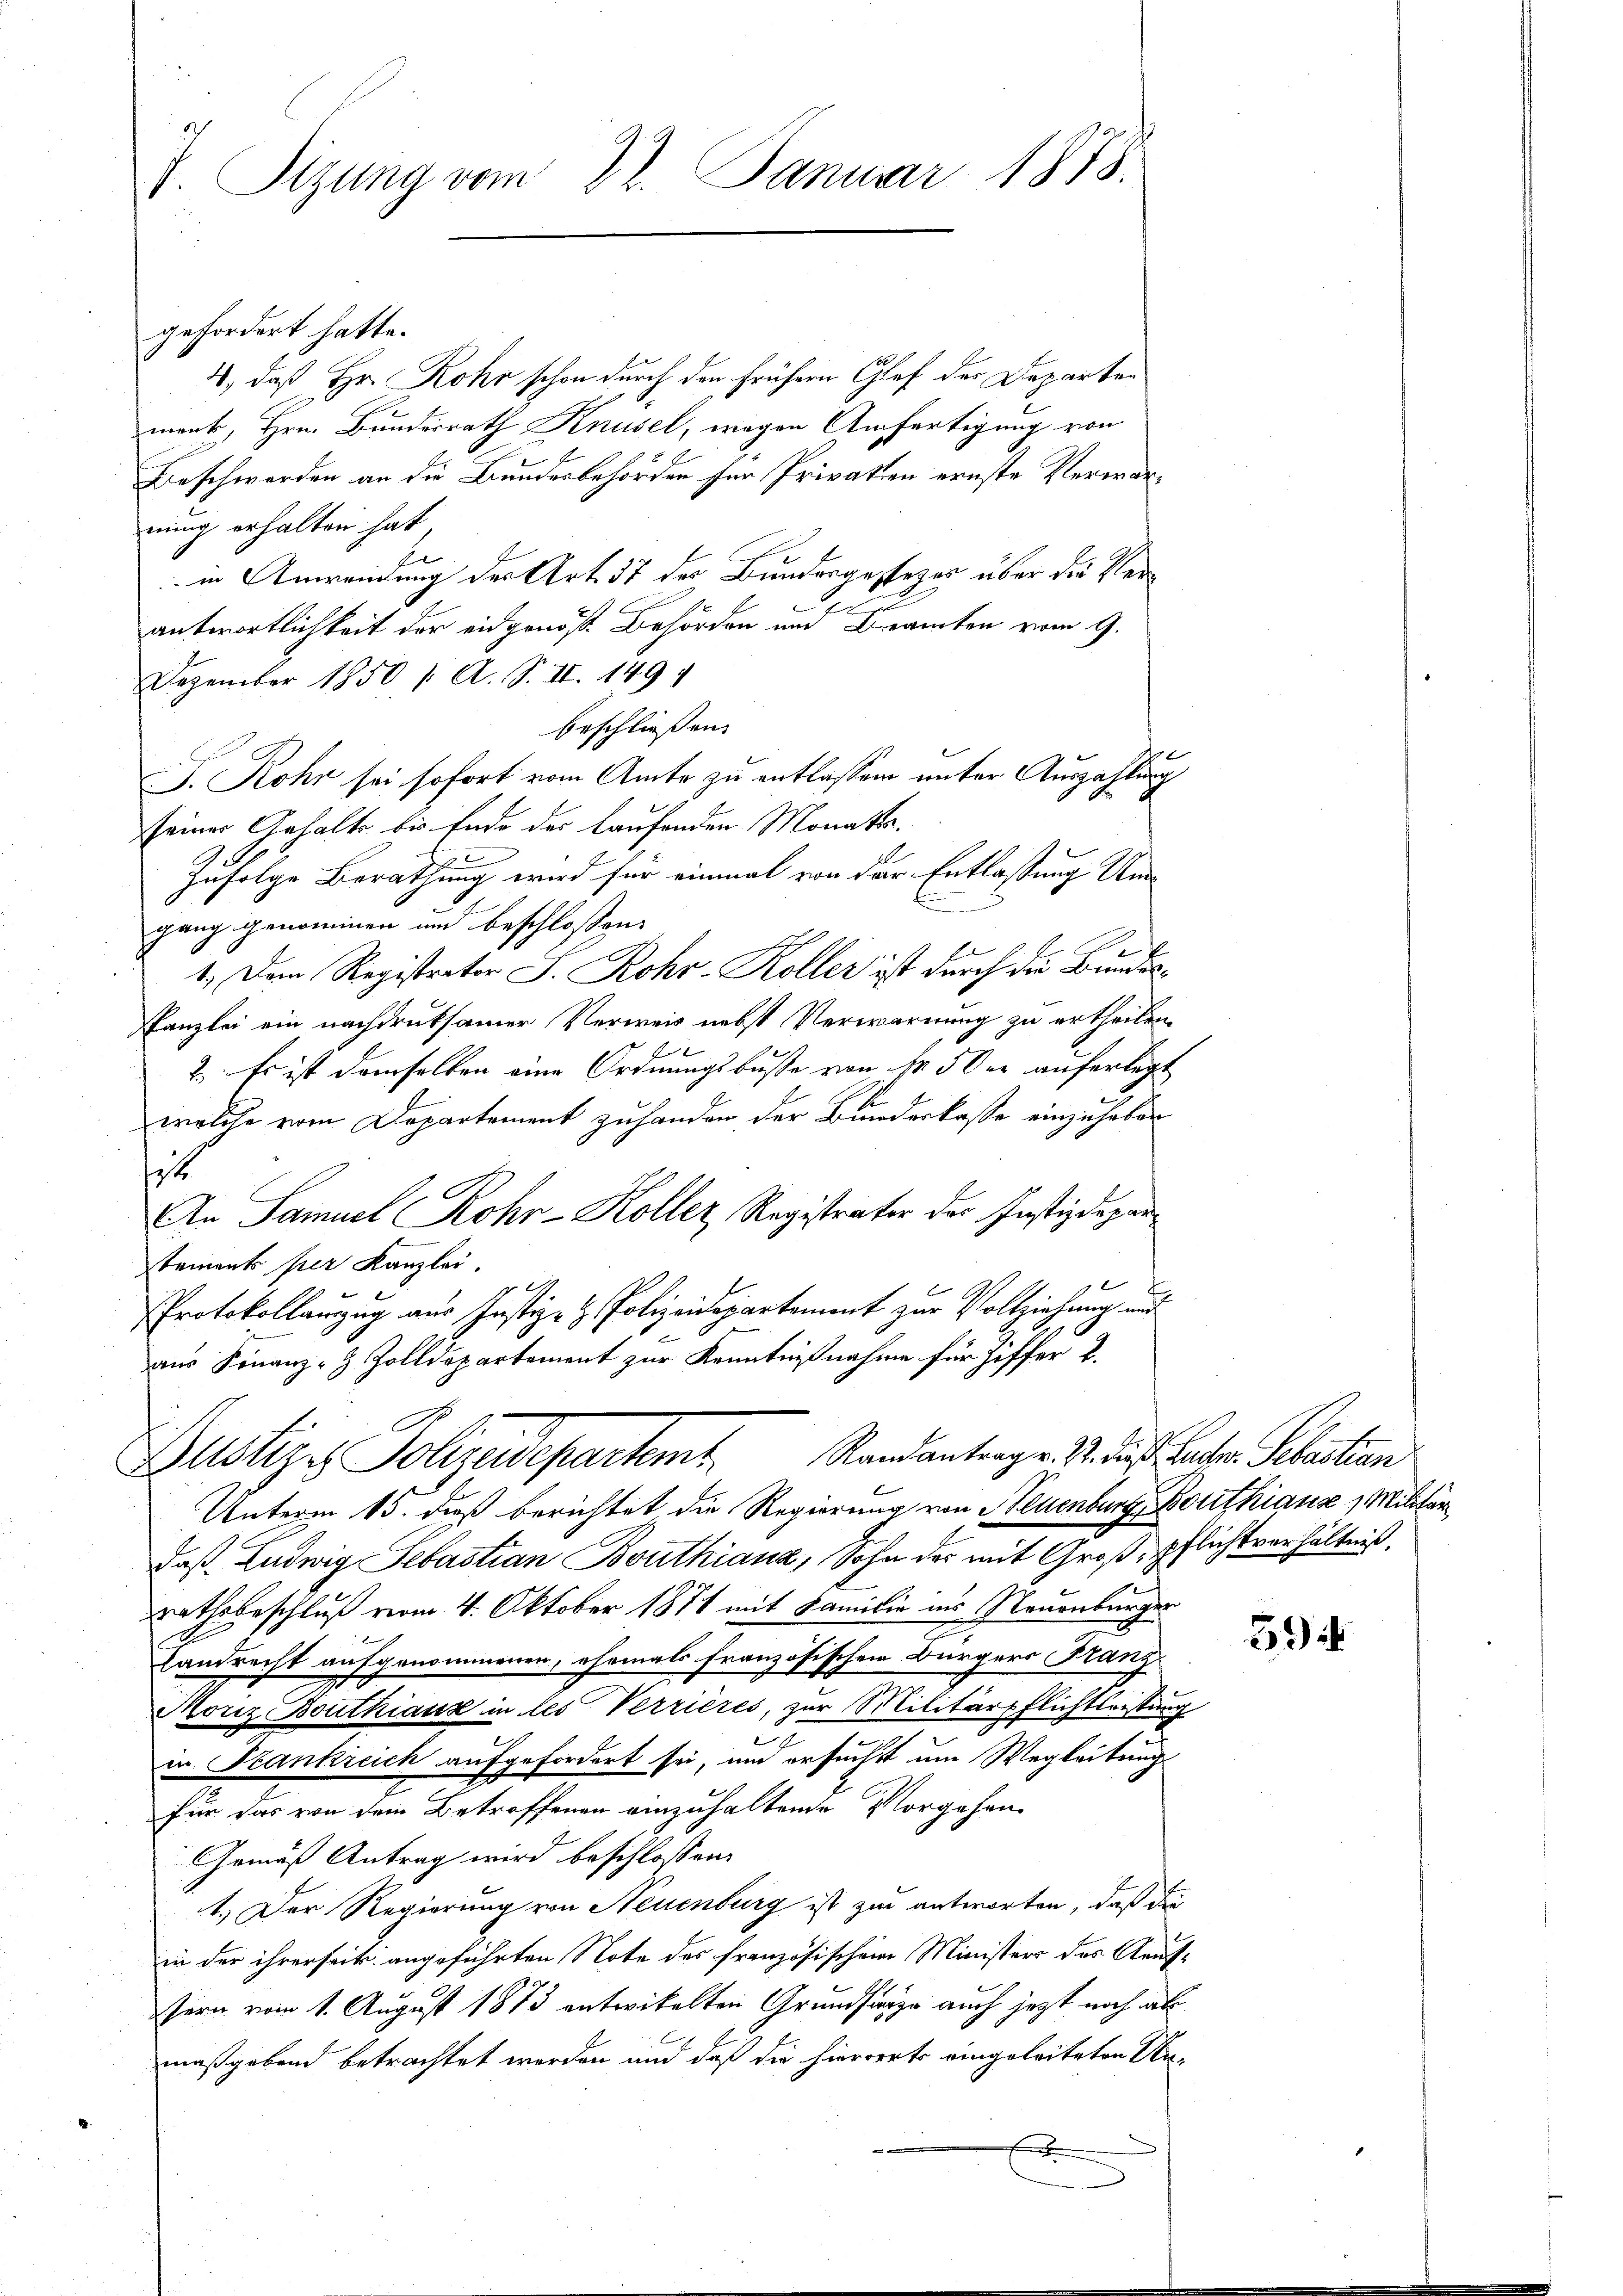
V. Sizung vom 22. Januar 1878.

gefordert hatte.
4, daß Hr. Rohr schon durch den frühern Glef der Departen
mank, Hrn. Bundesrath Knüsel, wegen Anfertigung von
Beschwerden an die Bundesbehörden für Privation ernste Verwarnung erhalten hat
b
 in Anweisung der Art. 37 des Bundesgesezes über die Ver¬
.
antwortlichkeit der eidgenöß Behörden und Beamten vom 9.
Dezember 1850 /: A. S. II. 149.
beschließen.
J. Rohr sei sofort vom Amte zu entlassen unter Auszahlung
seiner Gehalts bis Ende des laufenden Monats¬
90
zufolge Berathung wird für einmal von der Entlaßung Unn
gang genommen und beschloßen:
1. Dem Registrator J. Rohr-Koller ist durch die Bundes¬
Kanzlei ein nachdruksamer Verweis nebst Verwarnung zu ertheilen.
2. Es ist demselben eine Ordnungsbuße von Fr. 5 der auferlegt
welche vom Departement zu handen der Bundeskasse einzuhaben
1
An Samuel Rohr-Koller, Registrater der Justizdepartements per Kanzlei.
1
Protokollauszug aus Justiz- & Polizeidepartement zur Vollziehung und
aus Finanz-Z. Zolldepartement zur Kenntnißnahme für Ziffer L.

Zustizs Polizeidepartemt. Randantrage M. das Sachen Sebastian

Unterm 15. daß berichtet die Regierung von Neuenburg, Dorthias Militär
daß Ludwig Sebastian Bouthianz, Sohn der mit Groß, pflichtverhältniß,
rathsbeschluß vom 4. Oktober 1871 mit Familie ins Neuenburger
Landrecht aufgenommenen, ehemals französischen Bürgers Franz
Monz Bouthiaux in les Verrières, zur Militärpflichtleistung
in Krankreich aufgefordert sei, und ersucht um Wegleitung
für das von dem Betroffenen einzuhaltende Vorgehen
Gemäß Antrag wird beschlossen:
1.) Der Regierung von Neuenburg ist zur antworten, daß die
in der ihrerseit angeführten Note des französischen Ministers des Aauftern vom 1. August 1873 entwickelten Grundsange auch jetzt noch als
maßgebend betrachtet werden und daß die hierorts eingeleiteten Urx

594